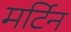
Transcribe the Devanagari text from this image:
मर्टिन